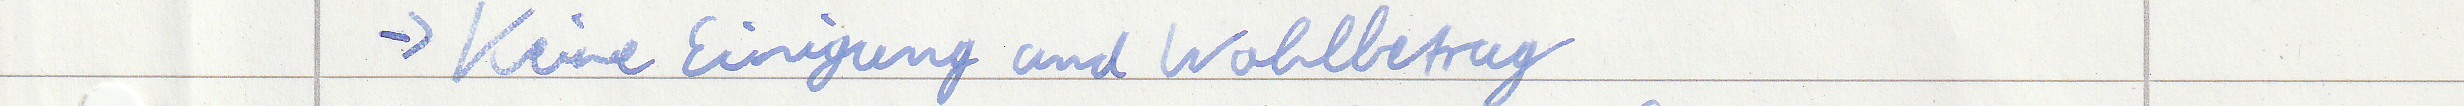
-> Keine Einigung und Wahlbetrug